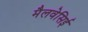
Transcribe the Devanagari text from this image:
मैलवेसिई